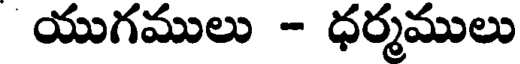
యుగములు - ధర్మములు